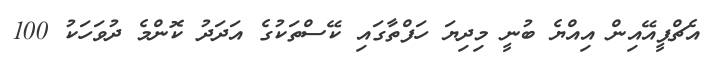
އެޗްޕީއޭއިން އިއްޔެ ބުނީ މިދިޔަ ހަފްތާގައި ކޭސްތަކުގެ އަދަދު ކޮންމެ ދުވަހަކު 100